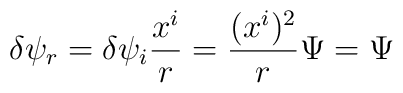
\delta \psi_r= \delta \psi_i {x^i\over r}= {(x^i)^2\over r} \Psi= \Psi